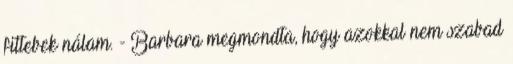
fittebek nálam. - Barbara megmondta, hogy azokkal nem szabad